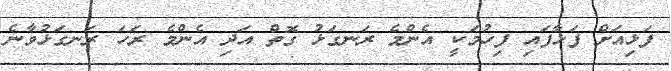
ފަޅިއަށް ފަޅާފައި ފިހުމަކީ އެންމެ ރަނގަޅު ގޮތް އަދި އެންމެ ރަހަ ރަނގަޅުވާނެ